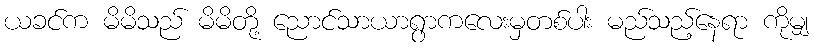
ယခင်က မိမိသည် မိမိတို့ ညောင်သာယာရွာကလေးမှတစ်ပါး မည်သည့်နေရာ ကိုမျှ